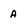
Character: A